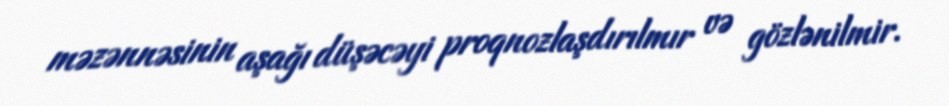
məzənnəsinin aşağı düşəcəyi proqnozlaşdırılmır və gözlənilmir.